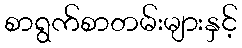
စာရွက်စာတမ်းများနှင့်